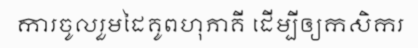
ការចូលរួមដៃគូពហុភាគី ដើម្បីឲ្យកសិករ